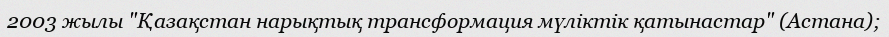
2003 жылы "Қазақстан нарықтық трансформация мүліктік қатынастар" (Астана);